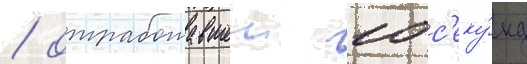
/ отработавшеи 10 с'еку́нд